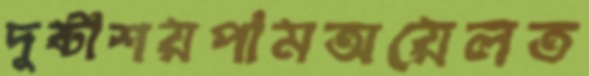
দুষ্টাশয়পামঅয়েলত